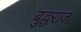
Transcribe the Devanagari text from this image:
बुद्धराज